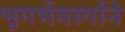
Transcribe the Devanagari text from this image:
भूगर्भमार्गाने